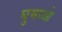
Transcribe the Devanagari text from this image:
घुमाओ